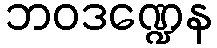
ဘဝဒဏ္ဍေန